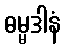
ဓမ္မဒါနံ